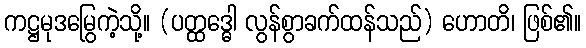
ကဋ္ဌမုဒမြွေကဲ့သို့။ (ပတ္ထဒ္ဓေါ လွန်စွာခက်ထန်သည်) ဟောတိ၊ ဖြစ်၏။